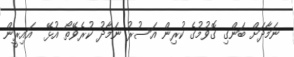
ނަމާދަށް ބަންގި ގޮވުމުގެ ކުރިން އަސުރު ނަމާދު ކުރެވޭތޯ އުޅޭ  އައިރީން